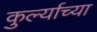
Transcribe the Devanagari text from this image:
कुर्ल्याच्या